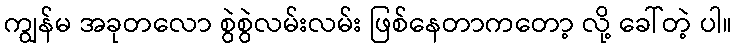
ကျွန်မ အခုတလော စွဲစွဲလမ်းလမ်း ဖြစ်နေတာကတော့ လို့ ခေါ်တဲ့ ပါ။